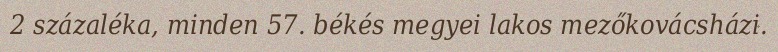
2 százaléka, minden 57. békés megyei lakos mezőkovácsházi.